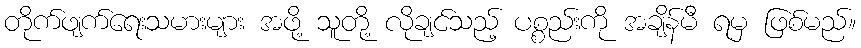
တိုက်ဖျက်ရေးသမားများ အဖို့ သူတို့ လိုချင်သည့် ပစ္စည်းကို အချိန်မီ ရမှ ဖြစ်မည်။